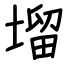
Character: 塯